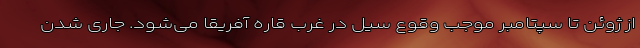
از ژوئن تا سپتامبر موجب وقوع سیل در غرب قاره آفریقا می‌شود. جاری شدن